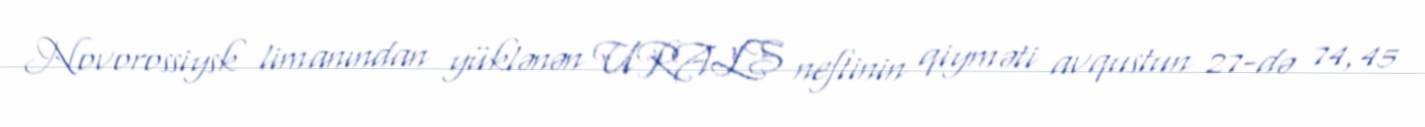
Novorossiysk limanından yüklənən URALS neftinin qiyməti avqustun 27-də 74,45